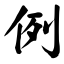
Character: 例